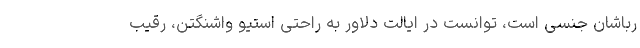
رباشان جنسی است، توانست در ایالت دلاور به راحتی استیو واشنگتن، رقیب